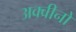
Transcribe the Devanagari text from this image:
अक्वीनो